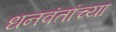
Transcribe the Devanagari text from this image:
धनवंतांच्या